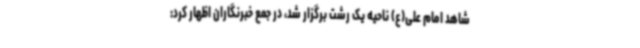
شاهد امام علی(ع) ناحیه یک رشت برگزار شد، در جمع خبرنگاران اظهار کرد: